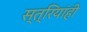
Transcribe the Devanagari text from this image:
स्त्रियांही